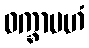
ဝက္ခာမဟံ